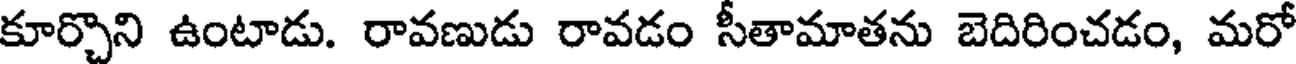
కూర్చొని ఉంటాడు. రావణుడు రావడం సీతామాతను బెదిరించడం, మరో